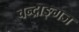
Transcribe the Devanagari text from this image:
चन्द्राङ्गज